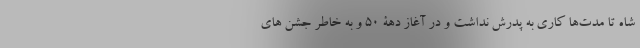
شاه تا مدت‌ها کاری به پدرش نداشت و در آغاز دهۀ 50 و به خاطر جشن های